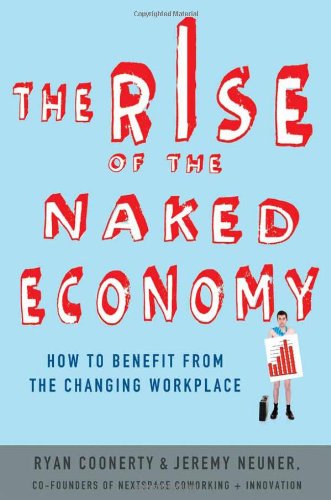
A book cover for The Rise of the Naked Economy: How to Benefit from the Changing Workplace; Ryan Coonerty; Business & Money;